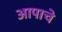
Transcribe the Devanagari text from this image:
आपाचे